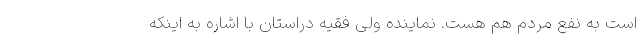
است به نفع مردم هم هست. نماینده ولی فقیه دراستان با اشاره به اینکه